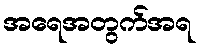
အရေအတွက်အရ